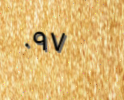
٠٩٧